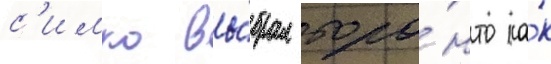
с'имко вы́брал торо́нто ка́к